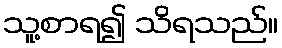
သူ့စာရ၍ သိရသည်။